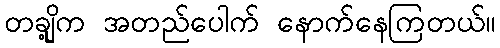
တချို့က အတည်ပေါက် နောက်နေကြတယ်။